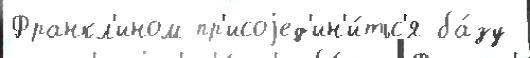
Франкл'ином пр'исоjед'ин'и́тьс'я ба́зу